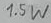
Text: 1.5W